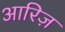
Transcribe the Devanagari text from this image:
आरिज़